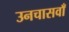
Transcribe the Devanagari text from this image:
उनचासवाँ